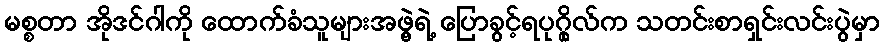
မစ္စတာ အိုဒင်ဂါကို ထောက်ခံသူများအဖွဲ့ရဲ့ ပြောခွင့်ရပုဂ္ဂိုလ်က သတင်းစာရှင်းလင်းပွဲမှာ